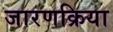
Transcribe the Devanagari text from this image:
जारणक्रिया